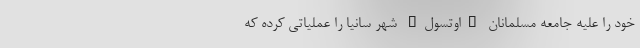
خود را علیه جامعه مسلمانان "اوتسولِ" شهر سانیا را عملیاتی کرده که